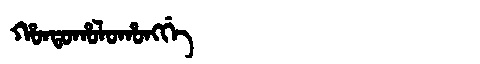
Manchu: ᡥᠣᠨᡨᠣᡥᠣᠯᠣᡥᠣᠩᡤᡝ
Romanization: HONTOHOLOHONGGE